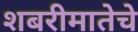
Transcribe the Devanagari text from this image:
शबरीमातेचे